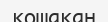
қошақан